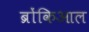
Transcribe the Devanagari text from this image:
ब्रोंकिआल